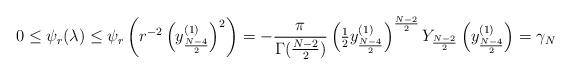
LaTeX: \begin{align*} 0 \le \psi_r(\lambda)\leq \psi_r\left(r^{-2}\left(y_{\frac{N-4}{2}}^{(1)}\right)^2\right)=-\frac{\pi}{\Gamma(\frac{N-2}{2})}\left({\textstyle\frac12}y_{\frac{N-4}{2}}^{(1)}\right)^{\frac{N-2}{2}} Y_{\frac{N-2}{2}}\left(y_{\frac{N-4}{2}}^{(1)}\right)=\gamma_N \end{align*}